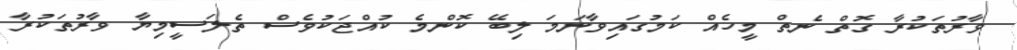
ވާރުތަކުރާ ގޮތް ނެތް މީހެއް ކަމުގައިވާނަމަ ލިބޭ ކޮންމެ ކުއްޖަކުވެސް ތެލަސީމިޔާ ވާރުތަކުރާ